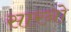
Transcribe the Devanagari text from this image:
सारनो